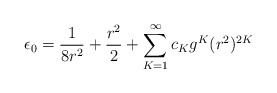
\begin{align*}\epsilon_0 = \frac{1}{8r^2}+\frac{r^2}{2} + \sum_{K=1}^{\infty}c_K g^K (r^2 )^{2K}\end{align*}